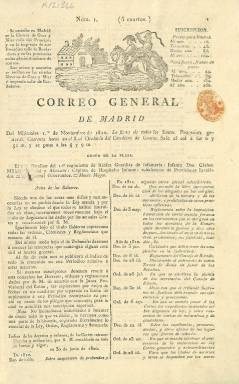
Título: Correo general de Madrid
Colección: Periódicos anteriores a 1850
Ámbito geográfico: Madrid
Lugar de publicación: Madrid
Fechas: 01/11/1820-28/02/1821

Periódico nacido el 1 de noviembre de 1820 tras el pronunciamiento de Riego que trajo consigo la jura en marzo por Fernando VII de la Constitución de 1812 y la aprobación en octubre de la ley de libertad de imprenta, que eliminaba la censura previa. La publicación cesó el 28 de febrero de 1821, cuando fue continuado por otro periódico que anteponía al título la palabra El Constitucional.

  De cuatro páginas, con un grabado en la cabecera de un correo a caballo y de periodicidad diaria, la publicación la dirigía el poeta y dramaturgo de origen mexicano (Virreinato de Nueva España) Manuel Eduardo de Gorostiza, quien luchó en la Península contra los franceses y se opuso en principio a la independencia de las provincias americanas para acabar siendo diplomático del Gobierno mexicano una vez independizado este país de España.

   Era un periódico oficialista que publicaba los decretos y órdenes del Gobierno, así como las decisiones legislativas de las Cortes y las sentencias de los tribunales. Tenía una sección de Noticias extranjeras y otra de nacionales. En estas se incluían las procedentes de los territorios americanos, aún no independizados, aunque gran parte de ellos habían comenzado la insurrección.

    Otras secciones era la de Bolsa, precio de productos básicos en el mercado, anuncios varios e información teatral de los dos teatros madrileños, el del Príncipe y el de la Cruz. El periódico publicaba también cartas de los lectores.

   Al periódico se unió José Joaquín de Mora, que publicaba desde 1817 la Crónica científica y literaria, título que en marzo de 1820 antepuso en letras grandes en su cabecera la palabra El Constitucional. Por esta razón, cuando José Joaquín de Mora pasó al Correo general de Madrid este periódico antepuso también el título de El Constitucional a partir del 1 de marzo de 1821.

[Descripción publicada el 7/09/2023]